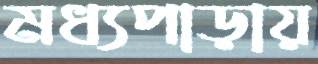
মধ্যপাড়ায়